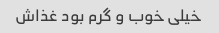
خیلی خوب و گرم بود غذاش